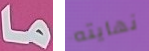
ما نهايته